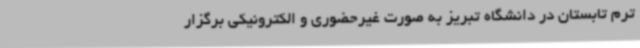
ترم تابستان در دانشگاه تبریز به صورت غیرحضوری و الکترونیکی برگزار